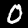
Digit: 0